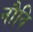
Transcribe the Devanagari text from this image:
नौवि